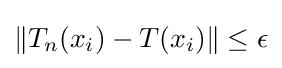
\|T_{n}(x_{i})-T(x_{i})\|\leq \epsilon